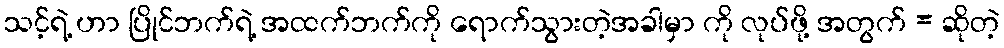
သင့်ရဲ့ ဟာ ပြိုင်ဘက်ရဲ့ အထက်ဘက်ကို ရောက်သွားတဲ့အခါမှာ ကို လုပ်ဖို့ အတွက် = ဆိုတဲ့